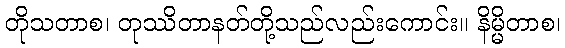
တိုသတာစ၊ တုဿိတာနတ်တို့သည်လည်းကောင်း။ နိမ္မိတာစ၊